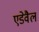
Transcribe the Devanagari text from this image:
एडेवैल